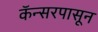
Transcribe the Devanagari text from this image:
कॅन्सरपासून